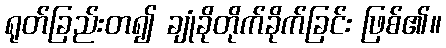
ရုတ်ခြည်းတ၍ ချုံခိုတိုက်ခိုက်ခြင်း ဖြစ်၏။